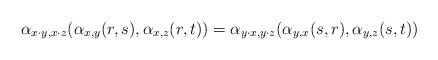
\begin{align*}\alpha_{x\cdot y,x\cdot z}(\alpha_{x,y}(r,s),\alpha_{x,z}(r,t))=\alpha_{y\cdot x,y\cdot z}(\alpha_{y,x}(s,r),\alpha_{y,z}(s,t))\end{align*}